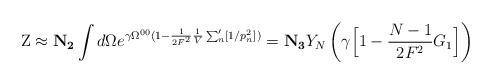
LaTeX: \begin{align*}{\rm Z} \approx {\bf N_{2}} \int d\Omega e^{\gamma \Omega^{00} (1-\frac{1}{2F^{2}} \frac{1}{V} \sum_{n}' [1/p_{n}^{2}])} ={\bf N_{3}} Y_{N} \left( \gamma \Big[ 1- \frac{N-1}{2F^{2}} G_{1} \Big]\right)\end{align*}